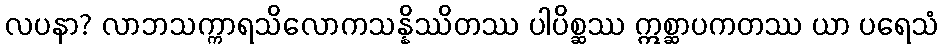
လပနာ? လာဘသက္ကာရသိလောကသန္နိဿိတဿ ပါပိစ္ဆဿ ဣစ္ဆာပကတဿ ယာ ပရေသံ